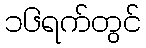
၁၆ရက်တွင်